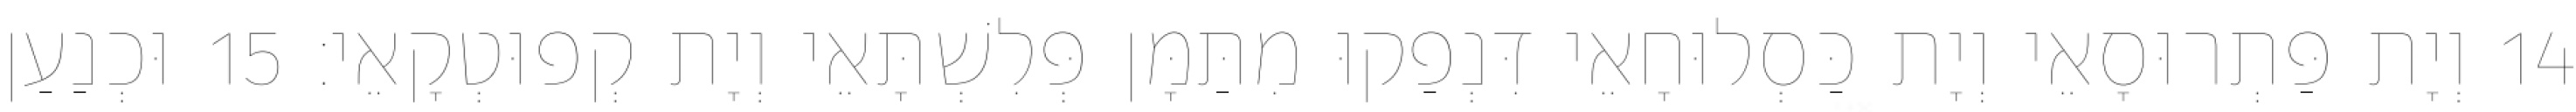
14 וְיָת פַּתְרוּסָאֵי וְיָת כַּסְלוּחָאֵי דִּנְפַקוּ מִתַּמָּן פְּלִשְׁתָּאֵי וְיָת קְפוּטְקָאֵי׃ 15 וּכְנַעַן